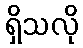
ရှိသလို